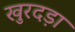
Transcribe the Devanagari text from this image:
खुरदड़ा